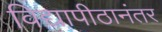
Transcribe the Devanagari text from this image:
विद्यापीठानंतर